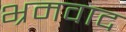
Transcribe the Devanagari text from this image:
भ्रमवाद